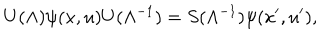
LaTeX: U ( \Lambda ) \psi ( x , u ) U ( \Lambda ^ { - 1 } ) = S ( \Lambda ^ { - 1 } ) \psi ( x ^ { \prime } , u ^ { \prime } ) ,